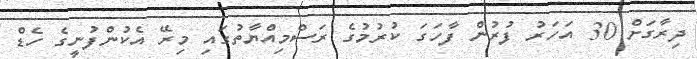
ދިރާގަށް 30 އަހަރު ފުރުން ފާހަގަ ކުރުމުގެ ރަސްމިއްޔާތުގައި މިރޭ އެކުންފުނީގެ ހެޑް